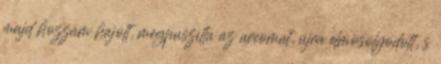
majd hozzám hajolt, megpuszilta az arcomat, újra elmosolyodott, s